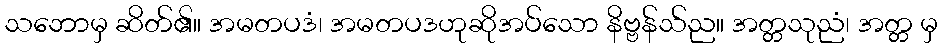
သဘောမှ ဆိတ်၏။ အမတပဒံ၊ အမတပဒဟုဆိုအပ်သော နိဗ္ဗန်သ်ည။ အတ္တသုညံ၊ အတ္တ မှ